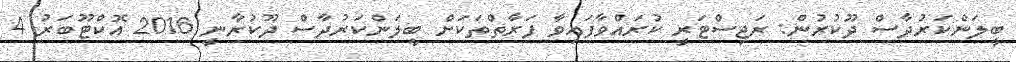
ބީލަންކަރުދާސް ދޫކުރުން: ރަޖިސްޓަރީ ކުރަައްވާފައިވާ ފަރާތްތަކަށް ބީލަންކަރުދާސް ދޫކުރާނީ 2016 އޮކްޓޫބަރު 4